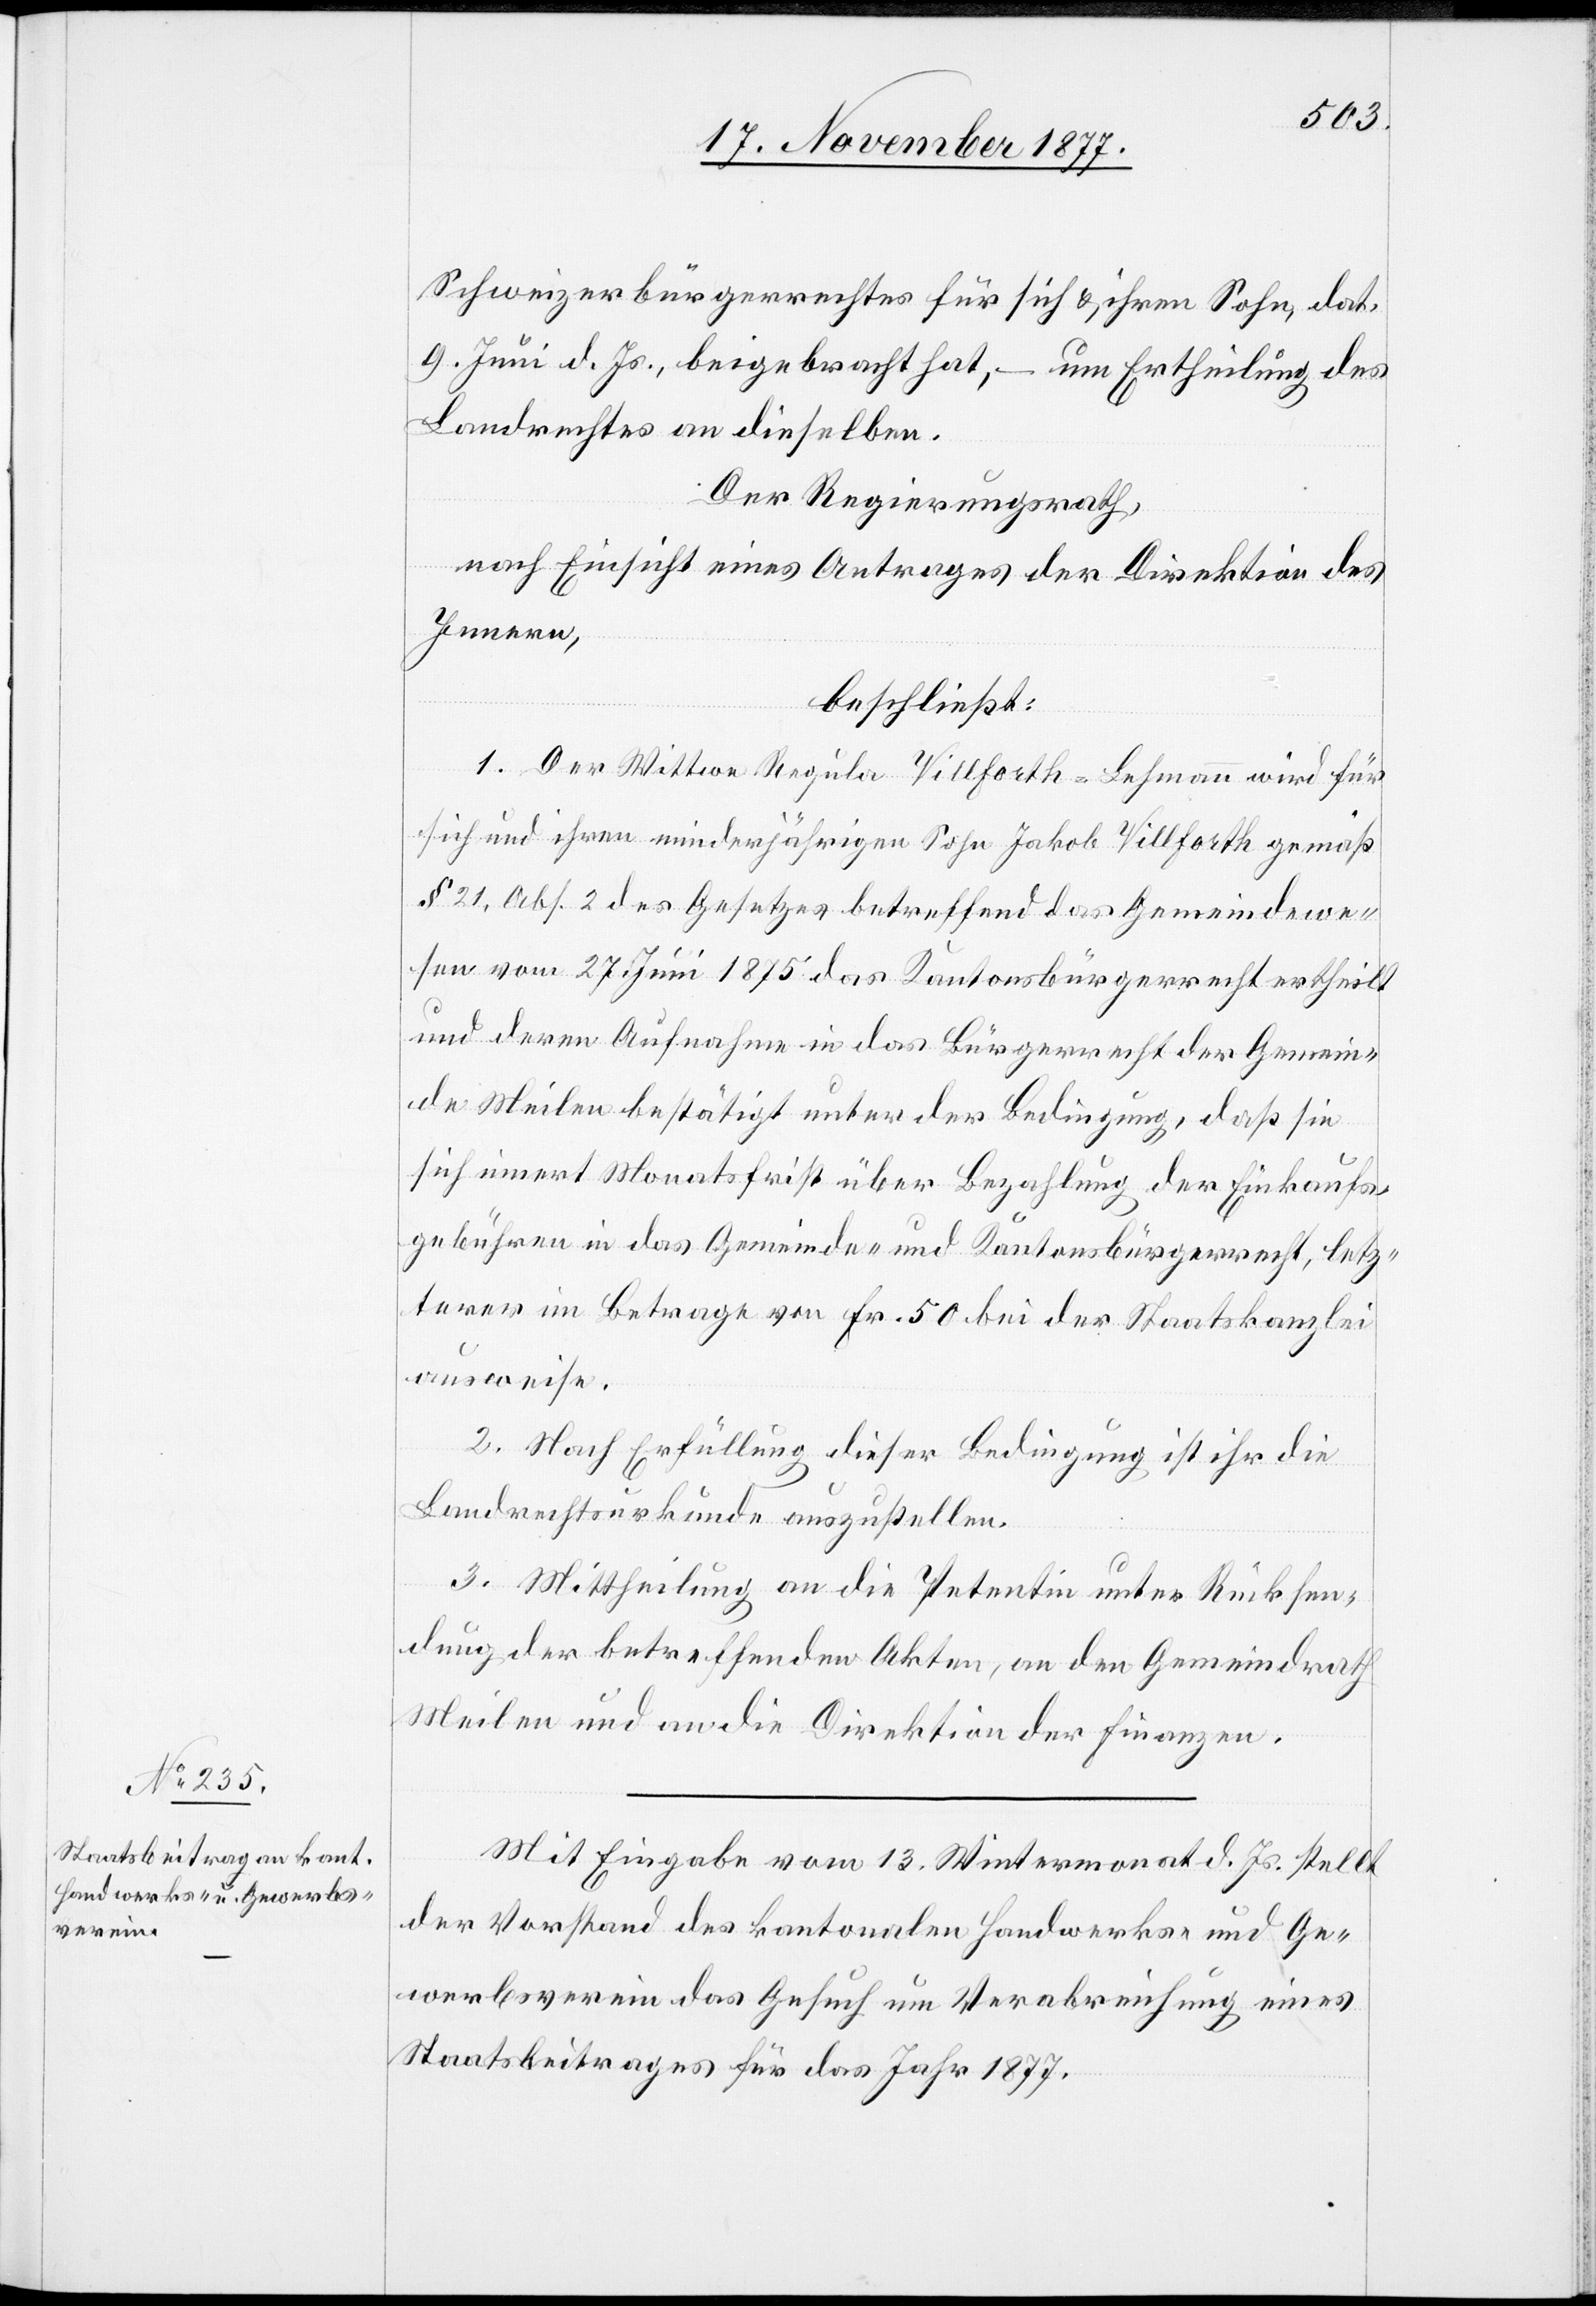
Schweizerbürgerrechtes für sich & ihren Sohn, dat.
9. Juni d. Js., beigebracht hat, – um Ertheilung des
Landrechtes an dieselben.
Der Regierungsrath,
nach Einsicht eines Antrages der Direktion des
Innern,
beschließt:
1. Der Wittwe Regula Villforth-Lehmann wird für
sich und ihren minderjährigen Sohn Jakob Villforth gemäß
§ 21, Abs. 2 des Gesetzes betreffend das Gemeindewe¬
sen vom 27. Juni 1875 das Kantonsbürgerrecht ertheilt
und deren Aufnahme in das Bürgerrecht der Gemein¬
de Meilen bestätigt unter der Bedingung, daß sie
sich innert Monatsfrist über Bezahlung der Einkaufs¬
gebühren in das Gemeinde- und Kantonsbürgerrecht, letz¬
terer im Betrage von Fr. 50 bei der Staatskanzlei
ausweise.
2. Nach Erfüllung dieser Bedingung ist ihr die
Landrechtsurkunde auszustellen.
3. Mittheilung an die Petentin unter Rücksen¬
dung der betreffenden Akten, an den Gemeindrath
Meilen und an die Direktion der Finanzen.
Mit Eingabe vom 13. Wintermonat d. Js. stellt
der Vorstand des kantonalen Handwerks- und Ge¬
werbsverein das Gesuch um Verabreichung eines
Staatsbeitrages für das Jahr 1877.